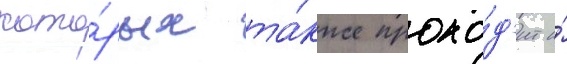
кото́рых та́кже прохо́д'ит и́